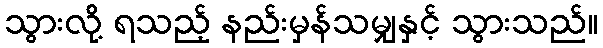
သွားလို့ ရသည့် နည်းမှန်သမျှနှင့် သွားသည်။